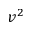
v ^ { 2 }